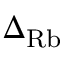
\Delta _ { \mathrm { R b } }